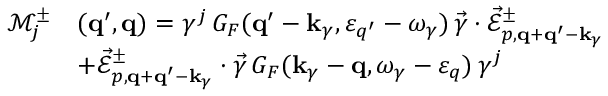
\begin{array} { r l } { \mathcal { M } _ { j } ^ { \pm } } & { ( { \bf q } ^ { \prime } , { \bf q } ) = \gamma ^ { j } \, G _ { F } ( { \bf q } ^ { \prime } - { \bf k } _ { \gamma } , \varepsilon _ { q ^ { \prime } } - \omega _ { \gamma } ) \, \vec { \gamma } \cdot \vec { \mathcal { E } } _ { p , { \bf q } + { \bf q } ^ { \prime } - { \bf k } _ { \gamma } } ^ { \pm } } \\ & { + \vec { \mathcal { E } } _ { p , { \bf q } + { \bf q } ^ { \prime } - { \bf k } _ { \gamma } } ^ { \pm } \cdot \vec { \gamma } \, G _ { F } ( { \bf k } _ { \gamma } - { \bf q } , \omega _ { \gamma } - \varepsilon _ { q } ) \, \gamma ^ { j } } \end{array}